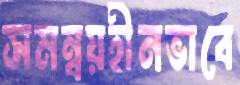
সমন্বয়হীনভাবে